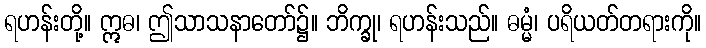
ရဟန်းတို့။ ဣဓ၊ ဤသာသနာတော်၌။ ဘိက္ခု၊ ရဟန်းသည်။ ဓမ္မံ၊ ပရိယတ်တရားကို။